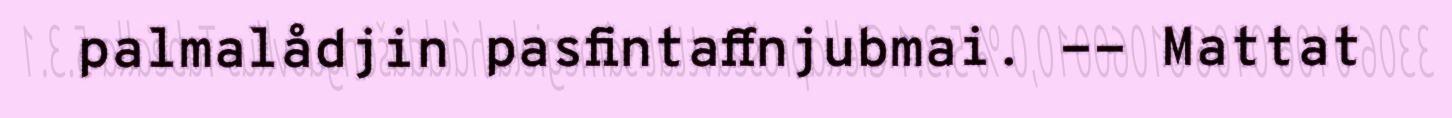
palmalådjin pasfintaffnjubmai. -- Mattat